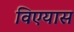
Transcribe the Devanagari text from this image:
विएयास